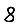
Digit: 8